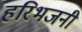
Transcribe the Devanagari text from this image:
हरिभजनी